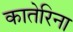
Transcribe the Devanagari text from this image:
कातेरिना